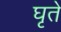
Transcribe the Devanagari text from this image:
घृते